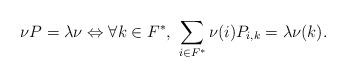
LaTeX: \begin{align*}\nu P = \lambda \nu \Leftrightarrow \forall k \in F^*, \ \sum_{i\in F^*} \nu(i) P_{i,k} = \lambda \nu(k).\end{align*}